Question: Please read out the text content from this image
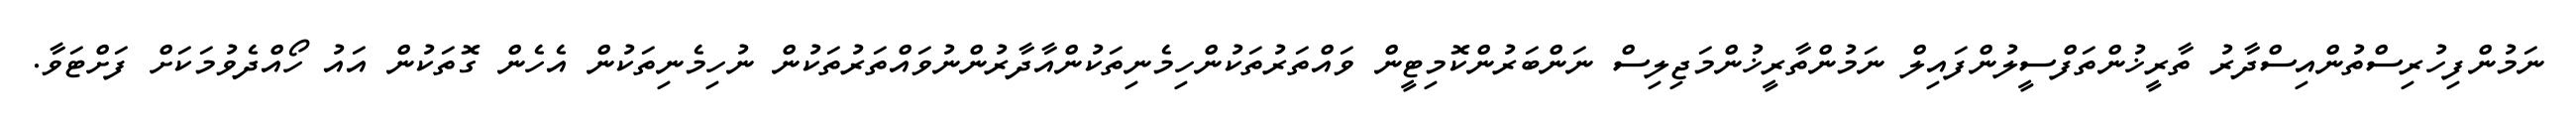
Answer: ނަމުންފިހުރިސްތުންއިސްދާރު ތާރީޚުންތަފްސީލުންފައިލް ނަމުންތާރީޚުންމަޖިލިސް ނަންބަރުންކޮމިޓީން ވައްތަރުތަކުންހިމެނިތަކުންއާދާރުންނުވައްތަރުތަކުން ނުހިމެނިތަކުން އެހެން ގޮތަކުން އައު ހޯއްދެވުމަކަށް ފަށްޓަވާ.